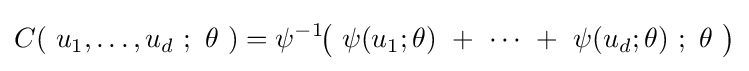
C(\ u_{1},\dots ,u_{d}\ ;\ \theta \ )=\psi ^{-1}\!{\bigl (}\ \psi (u_{1};\theta )\ +\ \cdots \ +\ \psi (u_{d};\theta )\ ;\ \theta \ {\bigr )}